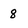
Character: 8